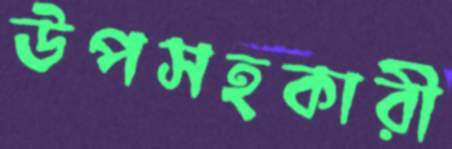
উপসহকারী